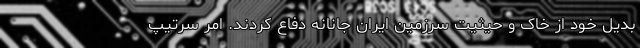
بدیل خود از خاک و حیثیت سرزمین ایران جانانه دفاع کردند. امر سرتیپ